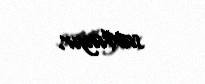
saxlayır.